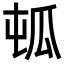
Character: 㼊